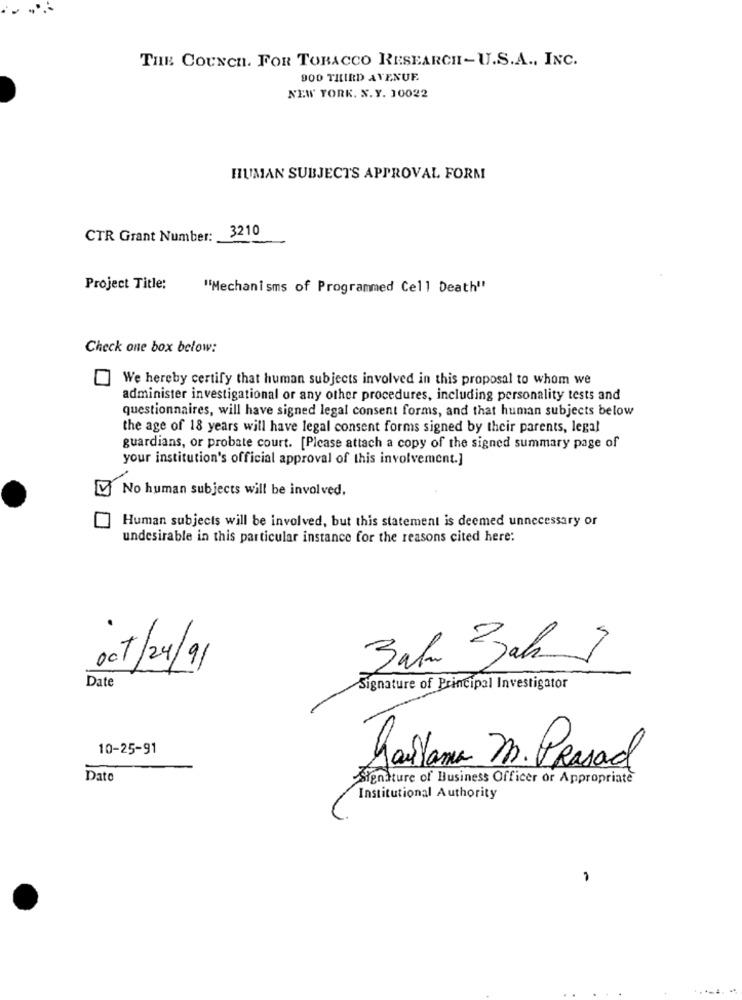
THE COUNCH. FOR TOBACCO RESEARCH-U.S.A ., INC.
900 THIRD AVENUE.
NEW YORK. N. Y. 10022
HUMAN SUBJECTS APPROVAL FORM
3210
CTR Grant Number:
Project Title:
"Mechanisms of Programmed Cell Death"
Check one box below:
We hereby certify that human subjects involved in this proposal to whom we
administer investigational or any other procedures, including personality tests and
questionnaires, will have signed legal consent forms, and that human subjects below
the age of 18 years will have legal consent forms signed by their parents, legal
guardians, or probate court. [Please attach a copy of the signed summary page of
your institution's official approval of this involvement.]
No human subjects will be involved.
Human subjects will be involved, but this statement is deemed unnecessary or
undesirable in this particular instance for the reasons cited here:
007/24/91
Bah Bah ?
Date
Signature of Principal Investigator
10-25-91
garitana m. Prasad
Date
Signature of Business Officer or Appropriate
Institutional Authority
-